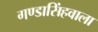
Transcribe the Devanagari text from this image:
गण्डासिंहवाला